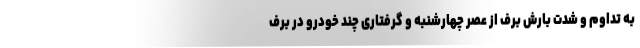
به تداوم و شدت بارش‌ برف از عصر چهارشنبه و گرفتاری چند خودرو در برف